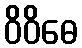
ဝိဝိဓေ